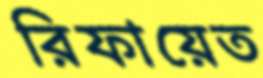
রিফায়েত